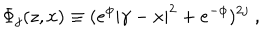
\Phi _ { j } ( z , x ) \equiv ( e ^ { \phi } | \gamma - x | ^ { 2 } + e ^ { - \phi } ) ^ { 2 j } ~ ,